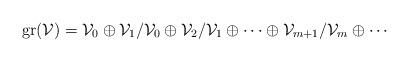
LaTeX: \begin{align*}{\rm gr}({\cal V})={\cal V}_0 \oplus {\cal V}_1 / {\cal V}_0 \oplus {\cal V}_2 / {\cal V}_1\oplus \cdots \oplus {\cal V}_{m+1} / {\cal V}_m \oplus \cdots\end{align*}